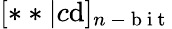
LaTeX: [**|c\mathrm{d}]_{n\mathrm{{~-~b~i~t~}}}